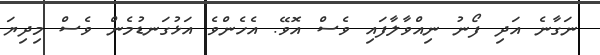
ނަގާނެ އަދި ފޯނު ނިއްވާލާފައި ވެސް އޮވޭ. އެހެންވެ އަޅުގަނޑުމެން ވެސް މިދިޔަ